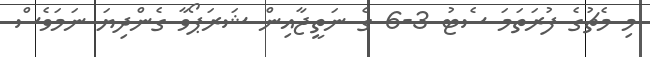
މި މެޗުގެ ފުރަތަމަ ސެޓު 3-6 ގެ ނަތީޖާއިން ޝަރަޕޯވާ ގެންދިޔަ ނަމަވެސް